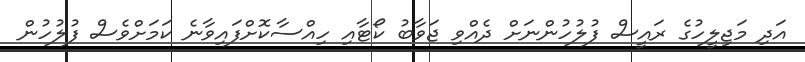
އަދި މަޖިލީހުގެ ރައީސް ފުލުހުންނަށް ދެއްވި ޖަވާބު ކޯޓާއި ހިއްސާކޮށްފައިވާނެ ކަމަށްވެސް ފުލުހުން